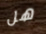
هل